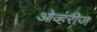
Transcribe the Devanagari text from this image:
ओव्हरीज